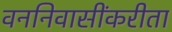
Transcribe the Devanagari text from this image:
वननिवासींकरीता